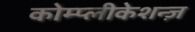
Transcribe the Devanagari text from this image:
कोम्प्लीकेशन्ज़